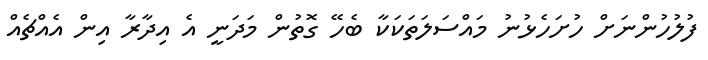
ފުލުހުންނަށް ހުށަހެޅުނު މައްސަލަތަކަކާ ބެހޭ ގޮތުން މަދަނީ އެ އިދާރާ އިން އެއްޗެއް